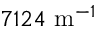
7 1 2 4 ~ \mathrm { m } ^ { - 1 }